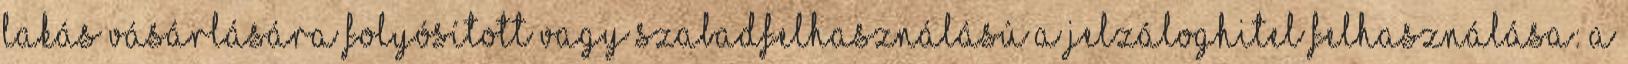
lakás vásárlására folyósított vagy szabadfelhasználású A jelzáloghitel felhasználása: A